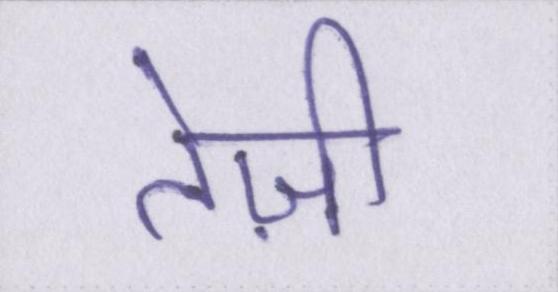
तेज़ी